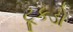
ટૂકડો